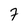
Character: 7